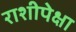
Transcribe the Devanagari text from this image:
राशीपेक्षा